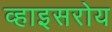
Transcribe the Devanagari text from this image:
व्हाइसरोय